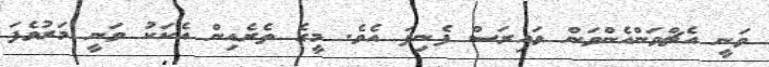
ވަނީ އެޗްވަންއެންވަން ވައިރަސް ފެނިފަ އެވެ. މީގެ ތެރެއިން އެކަކު ވަނީ މަރުވެފަ